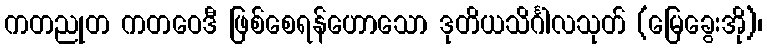
ကတညုတ ကတဝေဒီ ဖြစ်စေရန်ဟောသော ဒုတိယသိင်္ဂါလသုတ် (မြေခွေးအို)၊